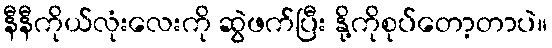
နီနီကိုယ်လုံးလေးကို ဆွဲဖက်ပြီး နို့ကိုစုပ်တော့တာပဲ။